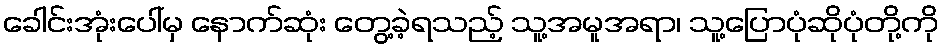
ခေါင်းအုံးပေါ်မှ နောက်ဆုံး တွေ့ခဲ့ရသည့် သူ့အမူအရာ၊ သူ့ပြောပုံဆိုပုံတို့ကို